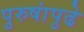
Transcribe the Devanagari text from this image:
पुरुषांपुढे